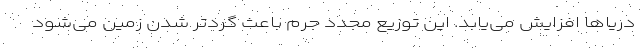
دریاها افزایش می‌یابد. این توزیع مجدد جرم باعث گردتر شدن زمین می‌شود